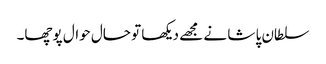
سلطان پا شا نے مجھے دیکھا تو حال حوال پوچھا۔